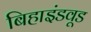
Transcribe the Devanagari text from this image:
बिहाइंडवूड